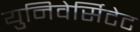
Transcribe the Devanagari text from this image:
युनिवेर्सिटेट